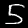
Label: 5